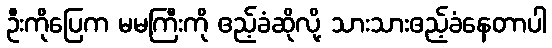
ဦးကိုပြေက မမကြီးကို ဧည့်ခံဆိုလို့ သားသားဧည့်ခံနေတာပါ